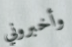
وأخبروني